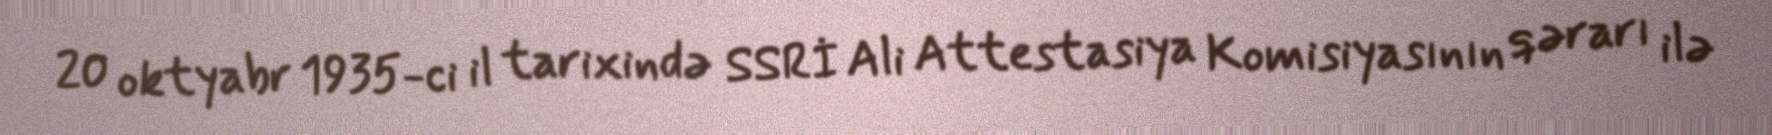
20 oktyabr 1935-ci il tarixində SSRİ Ali Attestasiya Komisiyasının qərarı ilə